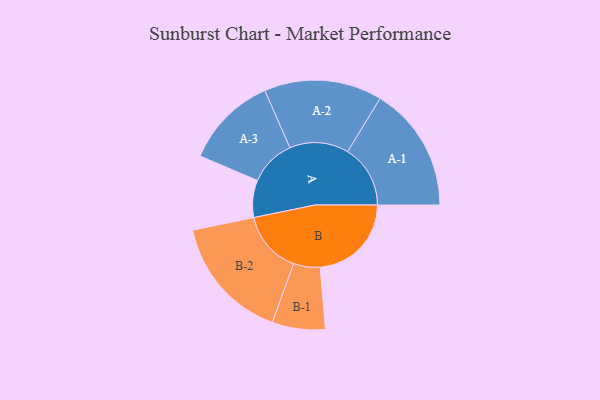
{"axis": {"x": "Segment", "y": "Value"}, "legend": ["", "A", "B"], "data": [{"x": "A", "y": 167, "type": ""}, {"x": "B", "y": 410, "type": ""}, {"x": "A-1", "y": 282, "type": "A"}, {"x": "A-2", "y": 265, "type": "A"}, {"x": "A-3", "y": 208, "type": "A"}, {"x": "B-1", "y": 119, "type": "B"}, {"x": "B-2", "y": 281, "type": "B"}]}